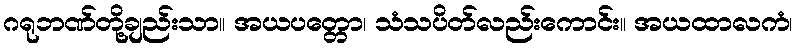
ဂရုဘဏ်တို့ချည်းသာ။ အယပတ္တော၊ သံသပိတ်လည်းကောင်း။ အယထာလကံ၊